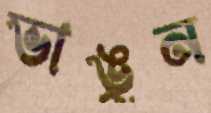
ভাঙুন